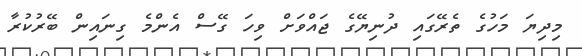
މިދިޔަ މަހުގެ ތެރޭގައި ދުނިޔޭގެ ޖައްވަށް ވިހަ ގޭސް އެންމެ ގިނައިން ބޭރުކުރާ